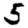
Digit: 5